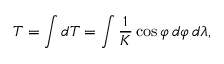
T = \int d T = \int { \frac { 1 } { K } } \cos \varphi \, d \varphi \, d \lambda ,